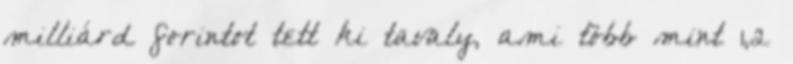
milliárd forintot tett ki tavaly, ami több mint 1,2